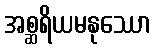
အစ္ဆရိယမနုဿော